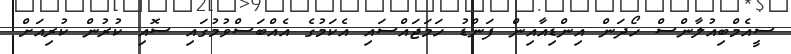
ސީއެމްބިއުލާންސް ހޯދަން އިންޑިއާއިން ފަންޑު ހަމަޖައްސައި އެކަމުގެ އެއްބަސްވުމުގައި ސޮއި ކުރުން ކުރިއަށް